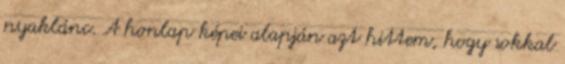
nyaklánc. A honlap képei alapján azt hittem, hogy sokkal